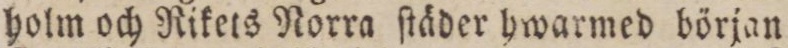
holm och Rikets Norra ſtäder hwarmed början